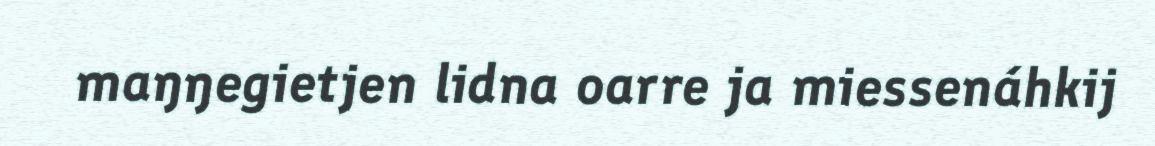
maŋŋegietjen lidna oarre ja miessenáhkij